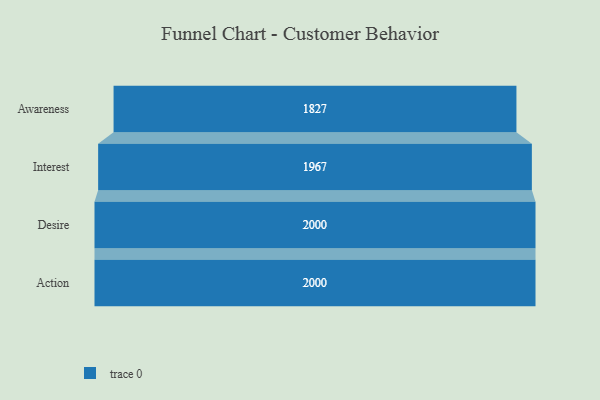
{"axis": {"x": "Stage", "y": "Value"}, "legend": [""], "data": [{"x": "Awareness", "y": 1827.0, "type": ""}, {"x": "Interest", "y": 1967.0, "type": ""}, {"x": "Desire", "y": 2000, "type": ""}, {"x": "Action", "y": 2000, "type": ""}]}